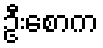
ဦးစောက